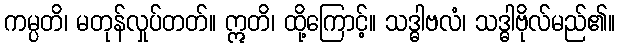
ကမ္ပတိ၊ မတုန်လှုပ်တတ်။ ဣတိ၊ ထို့ကြောင့်။ သဒ္ဓါဗလံ၊ သဒ္ဓါဗိုလ်မည်၏။